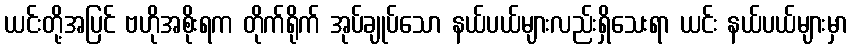
ယင်းတို့အပြင် ဗဟိုအစိုးရက တိုက်ရိုက် အုပ်ချုပ်သော နယ်ပယ်များလည်းရှိသေးရာ ယင်း နယ်ပယ်များမှာ